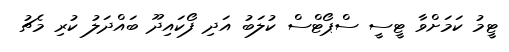
ޓީމު ކަމަށްވާ ޓީސީ ސްޕޯޓްސް ކުލަބު އަދި ފޯކައިދޫ ބައްދަލު ކުރި މެޗު